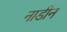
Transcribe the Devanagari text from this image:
नाडीन